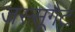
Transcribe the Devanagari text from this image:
जस्सूगेट